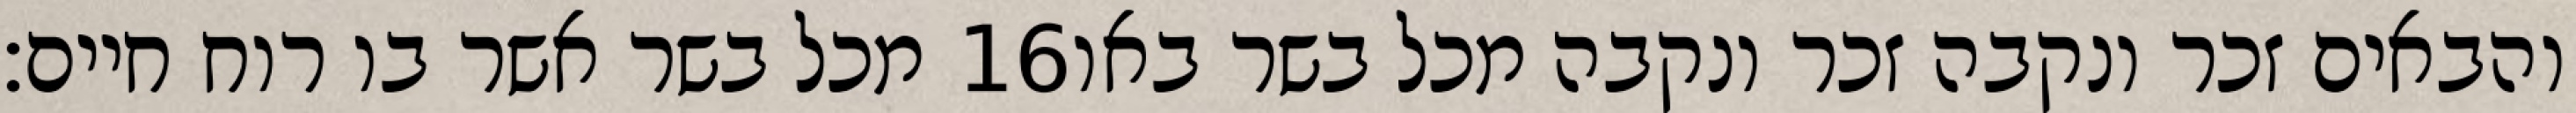
מכל בשר אשר בו רוח חיים׃ ‎16‏ והבאים זכר ונקבה זכר ונקבה מכל בשר באו